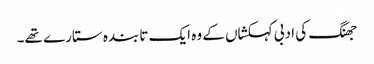
جھنگ کی ادبی کہکشاں کے وہ ایک تابندہ ستارے تھے۔